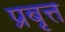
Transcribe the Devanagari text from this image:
प्रबृत्त